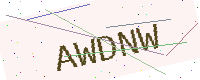
Text: AWDNW